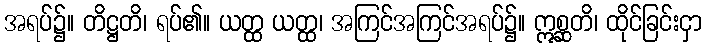
အရပ်၌။ တိဋ္ဌတိ၊ ရပ်၏။ ယတ္ထ ယတ္ထ၊ အကြင်အကြင်အရပ်၌။ ဣစ္ဆတိ၊ ထိုင်ခြင်းငှာ